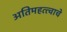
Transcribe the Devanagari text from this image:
अतिमहत्त्वाचे